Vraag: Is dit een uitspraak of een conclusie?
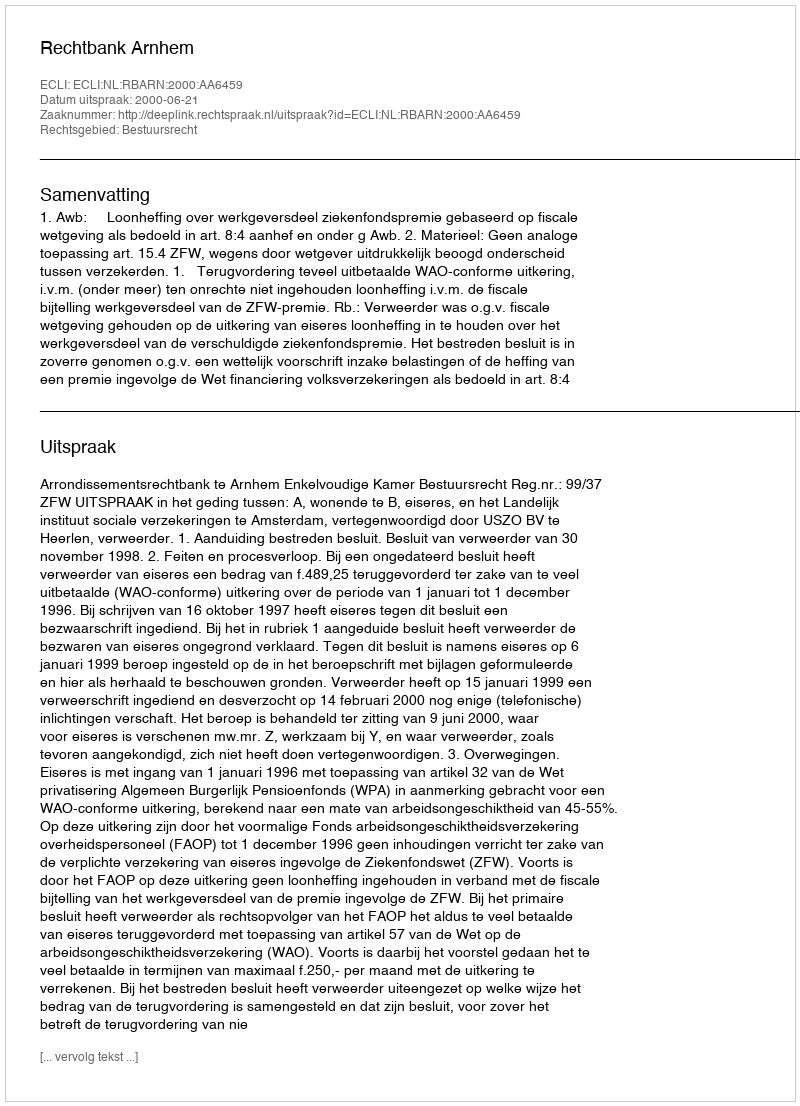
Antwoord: Uitspraak